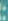
: